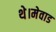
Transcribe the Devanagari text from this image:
थे।मेवाड